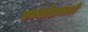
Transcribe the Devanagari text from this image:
एकडोलकाठी